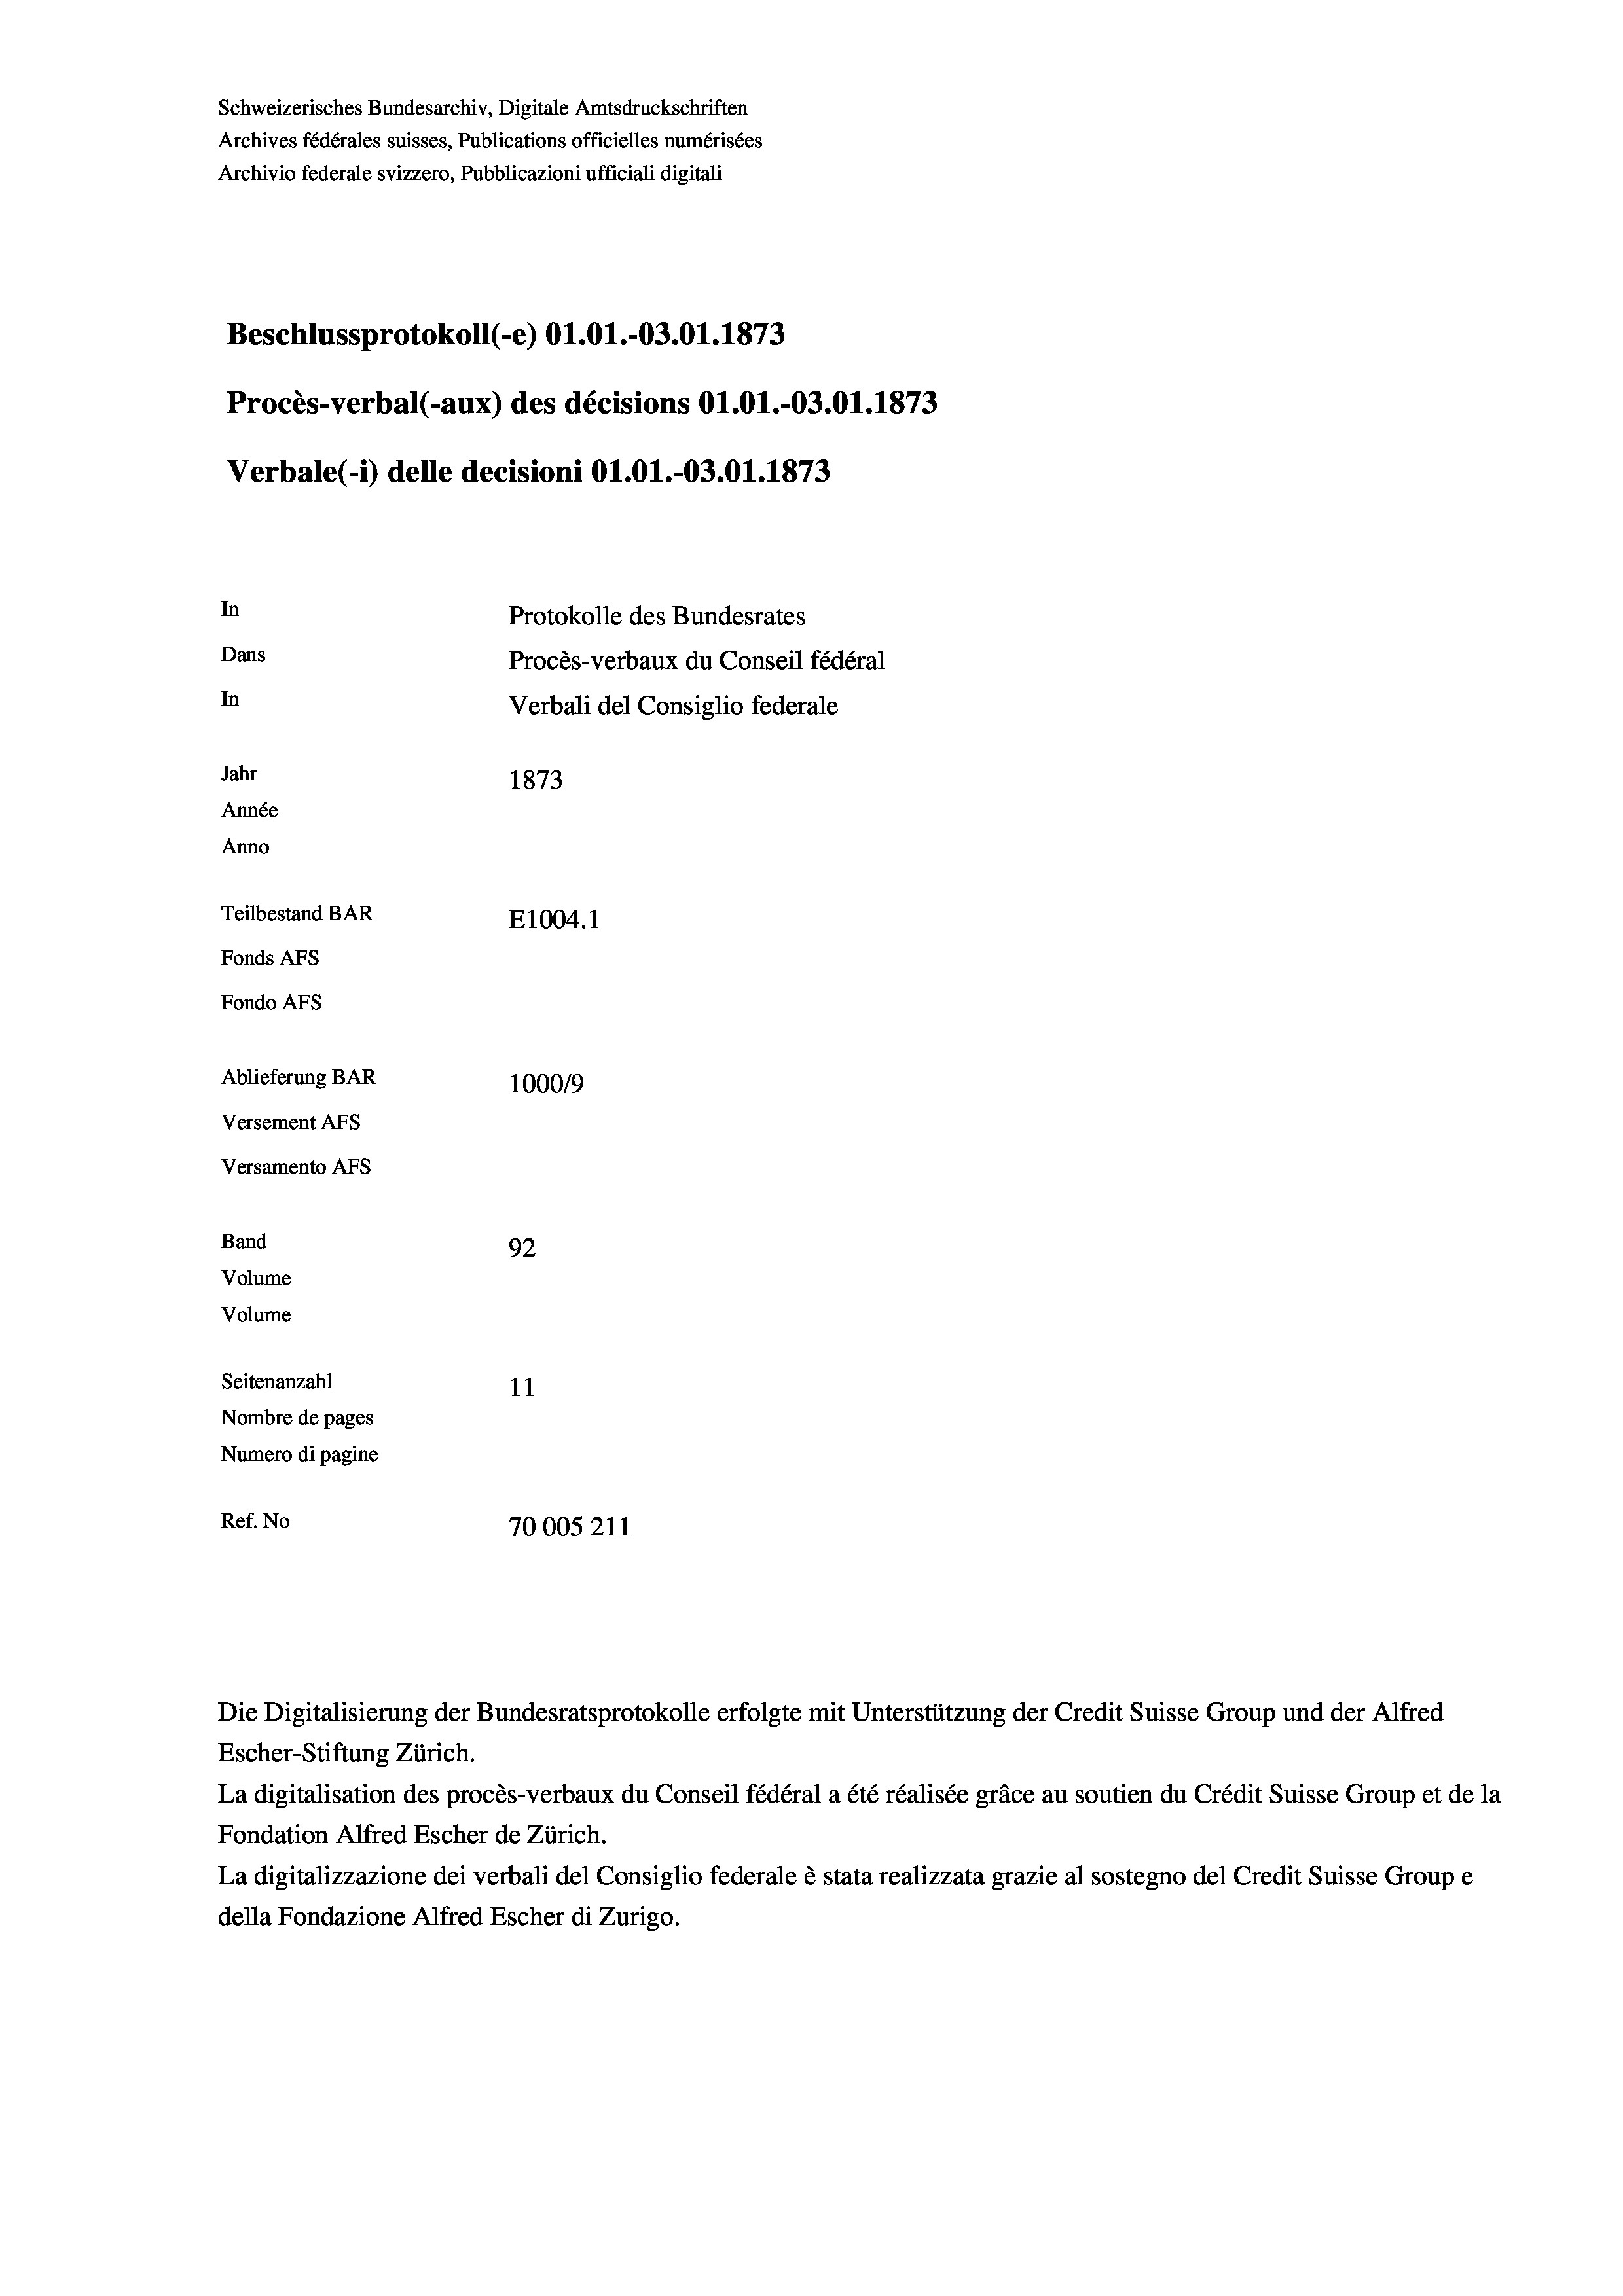
Schweizerisches Bundesarchiv, Digitale Amtsdruckschriften
Archives fédérales suisses, Publications officielles numérisées
Archivio federale svizzero, Pubblicazioni ufficiali digitali
Beschlussprotokoll (-e) O1.01.-03.01. 1873
Procès-verbal (-aux) des décisions O1.01.-03.01. 1873
Verbale(-*) delle decisioni O1.01.-03.01. 1873
In
Protokolle des Bundesrates
Dans
Procès-verbaux du Conseil fédéral
In
Verbali del Consiglio federale
Jahr
1873
Année
Anno
Teilbestand BAR
E1004. 1
Fonds AFs
Fondo AFs
Ablieferung BAR
100019
Versement AFs
Versamento AFs
Band
92
Volume
Volume
Seitenanzahl
11
Nombre de pages
Numero di pagine
Ref. No
70005211

Escher-Stiftung Zürich.
La digitalisation des procès-verbaux du Conseil fédéral a été réalisée gräce au soutien du Crédit Suisse Group et de la
Fondation Alfred Escher de Zürich.
La digitalizzazione dei verbali del Consiglio federale è stata realizzata grazie al sostegno del Credit Suisse Groupe
della Fondazione Alfred Escher di Zurigo.

Die Digitalisierung der Bundesratsprotokolle erfolgte mit Unterstützung der Credit Suisse Group und der Alfred